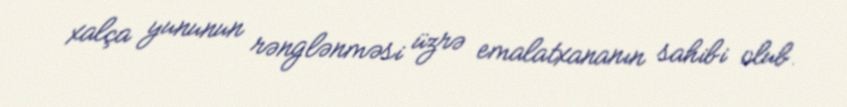
xalça yununun rənglənməsi üzrə emalatxananın sahibi olub.